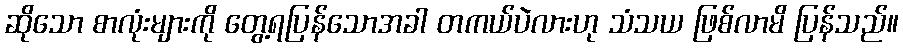
ဆိုသော စာလုံးများကို တွေ့ရပြန်သောအခါ တကယ်ပဲလားဟု သံသယ ဖြစ်လာမိ ပြန်သည်။